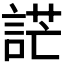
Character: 𧨔